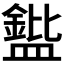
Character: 𪾘